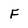
Character: F